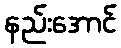
နည်းအောင်